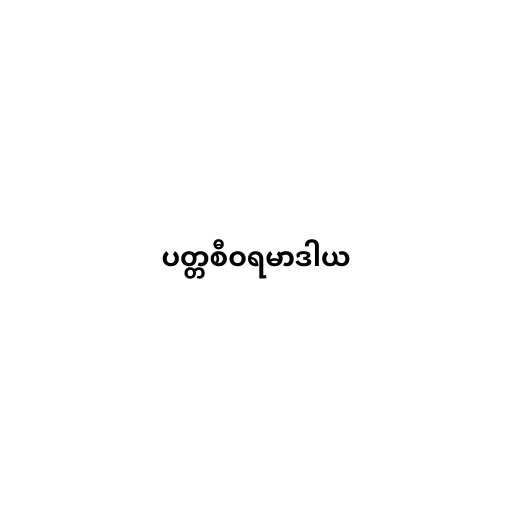
ပတ္တစီဝရမာဒါယ